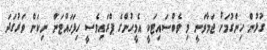
ގުޅުން ހިންގުމަށް ޖަމާވަނީ މި ވެބްސައިޓަކީ އެމީހުންގެ ޕްރައިވެސީ ހިފަހައްޓަން ނިކަން ވަރުގަދަ